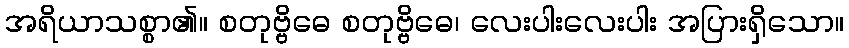
အရိယာသစ္စာ၏။ စတုဗ္ဗိဓေ စတုဗ္ဗိဓေ၊ လေးပါးလေးပါး အပြားရှိသော။